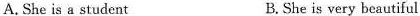
A.She is a student B.She is very beautiful